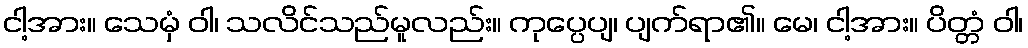
ငါ့အား။ သေမှံ ဝါ၊ သလိင်သည်မူလည်း။ ကုပ္ပေပျ၊ ပျက်ရာ၏။ မေ၊ ငါ့အား။ ပိတ္တံ ဝါ၊